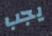
يجب